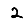
Digit: 2